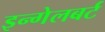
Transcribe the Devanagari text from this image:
इन्गेलबर्ट